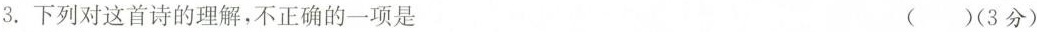
3.下列对这首诗的理解，不正确的一项是 ()(3分)